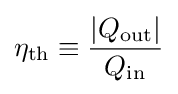
\eta _{\rm {th}}\equiv {\frac {|Q_{\rm {out}}|}{Q_{\rm {in}}}}